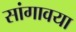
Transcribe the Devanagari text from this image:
सांगावया